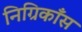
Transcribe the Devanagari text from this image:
निग्रिकाँस